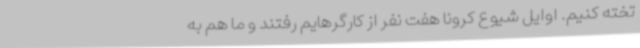
تخته کنیم. اوایل شیوع کرونا هفت نفر از کارگرهایم رفتند و ما هم به